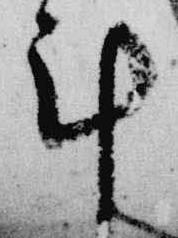
計